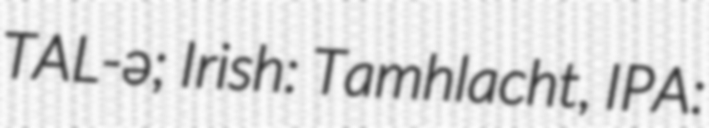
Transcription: TAL-ə; Irish: Tamhlacht, IPA: